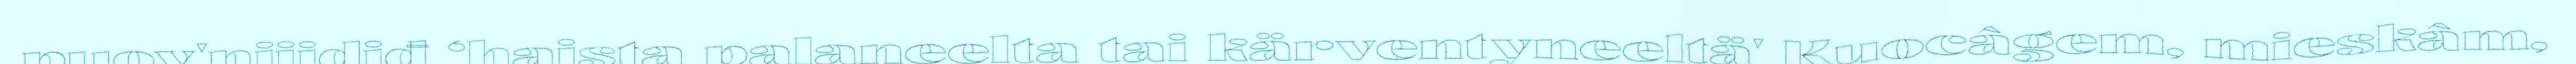
puov'njijdiđ ‘haista palaneelta tai kärventyneeltä' Kuocâgem, mieskâm,